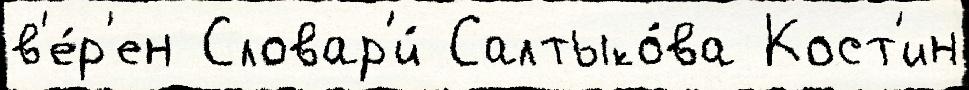
в'е́р'ен Словар'и́ Салтыко́ва Кост'ин